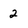
Character: 2